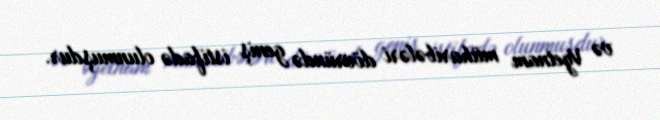
və Vyetnam müharibələri dövründə geniş istifadə olunmuşdur.